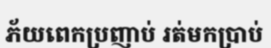
ភ័យពេកប្រញាប់ រត់មកប្រាប់